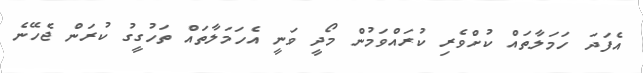
އެފަދަ ހަމަލާތައް ކުށްވެރި ކުރައްވަމުން މޯދީ ވަނީ އެހަމަލާތައް ތަހުގީގު ކުރަން ޖެހޭނެ